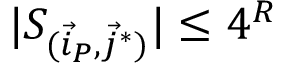
| S _ { ( \vec { i } _ { P } , \vec { j } ^ { * } ) } | \leq 4 ^ { R }